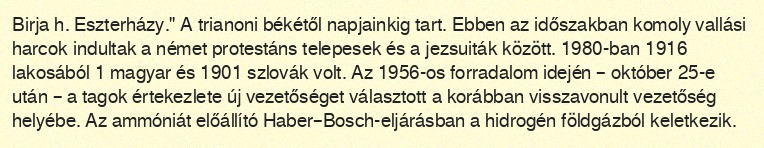
Birja h. Eszterházy." A trianoni békétől napjainkig tart. Ebben az időszakban komoly vallási harcok indultak a német protestáns telepesek és a jezsuiták között. 1980-ban 1916 lakosából 1 magyar és 1901 szlovák volt. Az 1956-os forradalom idején – október 25-e után – a tagok értekezlete új vezetőséget választott a korábban visszavonult vezetőség helyébe. Az ammóniát előállító Haber–Bosch-eljárásban a hidrogén földgázból keletkezik.